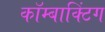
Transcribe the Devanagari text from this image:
कॉम्बाक्टिंग